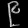
Digit: ၉